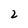
Character: 2